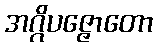
အဂ္ဂိပဇ္ဇောတော